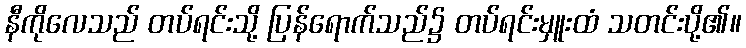
နီကိုလေသည် တပ်ရင်းသို့ ပြန်ရောက်သည်၌ တပ်ရင်းမှူးထံ သတင်းပို့၏။